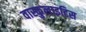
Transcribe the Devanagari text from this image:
वास्कुलाइटिस